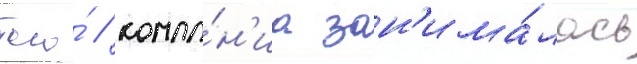
того́ / компа́н'иа зан'има́лась